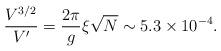
LaTeX: \begin{align*} {V^{3/2}\over V' }= {2\pi\over g} {\xi \sqrt N} \sim5.3 \times 10^{-4}.\end{align*}